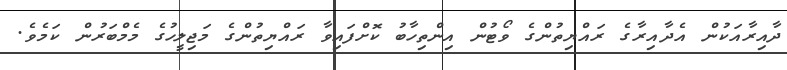
ދާއިރާއަކުން އެދާއިރާގެ ރައްޔިތުންގެ ވޯޓުން އިންތިހާބު ކޮށްފައިވާ ރައްޔިތުންގެ މަޖިލީހުގެ މެމްބަރުން ކަމެވެ.